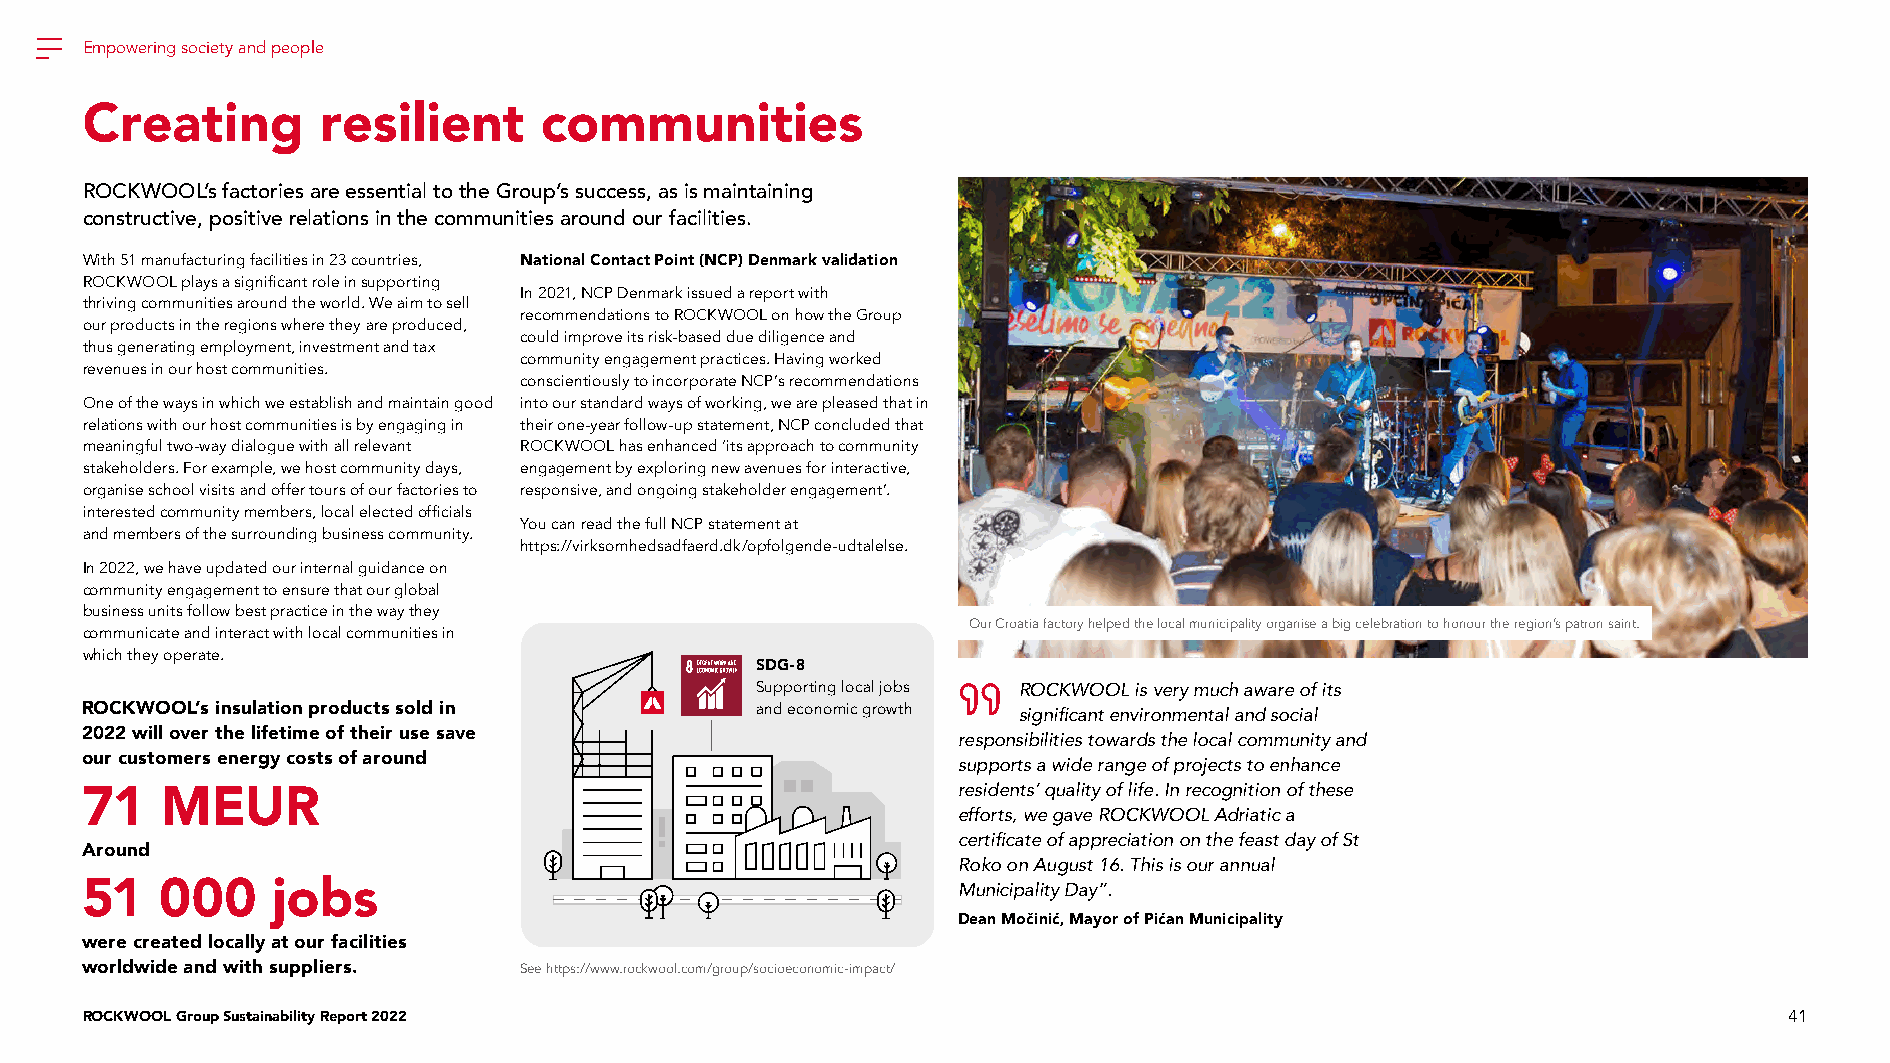
Empowering society and people
 Creating        resilient      communities
 ROCKWOOL’s factories are essential to the Group’s success, as is maintaining
 constructive, positive relations in the communities around our facilities.
 With 51 manufacturing facilities in 23 countries, National Contact Point (NCP) Denmark validation
 ROCKWOOL plays a significant role in supporting
 In 2021, NCP Denmark issued a report with
 thriving communities around the world. We aim to sell
 recommendations to ROCKWOOL on how the Group
 our products in the regions where they are produced,
 could improve its risk-based due diligence and
 thus generating employment, investment and tax
 community engagement practices. Having worked
 revenues in our host communities.
 conscientiously to incorporate NCP’s recommendations
 One of the ways in which we establish and maintain good into our standard ways of working, we are pleased that in
 relations with our host communities is by engaging in their one-year follow-up statement, NCP concluded that
 meaningful two-way dialogue with all relevant ROCKWOOL has enhanced ‘its approach to community
 stakeholders. For example, we host community days, engagement by exploring new avenues for interactive,
 organise school visits and offer tours of our factories to responsive, and ongoing stakeholder engagement’.
 interested community members, local elected officials
 You can read the full NCP statement at
 and members of the surrounding business community.
 https://virksomhedsadfaerd.dk/opfolgende-udtalelse.
 In 2022, we have updated our internal guidance on
 community engagement to ensure that our global
 business units follow best practice in the way they
 Our Croatia factory helped the local municipality organise a big celebration to honour the region’s patron saint.
 communicate and interact with local communities in
 which they operate.
 SDG-8
 Supporting local jobs ROCKWOOL is very much aware of its
 ROCKWOOL’s insulation products sold in       and economic growth significant environmental and social
 2022 will over the lifetime of their use save
 responsibilities towards the local community and
 our customers energy costs of around
 supports a wide range of projects to enhance
 71    MEUR                                                residents’ quality of life. In recognition of these
 efforts, we gave ROCKWOOL Adriatic a
 certificate of appreciation on the feast day of St
 Around
 Roko on August 16. This is our annual
 51    000    jobs                                         Municipality Day”.
 Dean Močinić, Mayor of Pićan Municipality
 were created locally at our facilities
 worldwide and with suppliers. See https://www.rockwool.com/group/socioeconomic-impact/
 ROCKWOOL Group Sustainability Report 2022                                                                        41